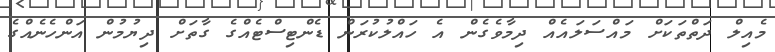
މެއިލް ދަތްތަކަށް މައްސަލައެއް ދިމާވެގެން އެ ހައްލުކުރަން ޑެންޓިސްޓެއްގެ ގާތަށް ދިޔުމުން އަންހެނެއްގެ